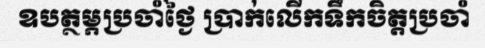
ឧបត្ថម្ភប្រចាំថ្ងៃ ប្រាក់លើកទឹកចិត្តប្រចាំ